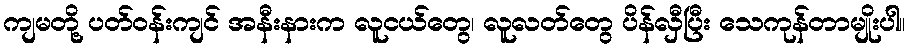
ကျမတို့ ပတ်ဝန်းကျင် အနီးနားက လူငယ်တွေ၊ လူလတ်တွေ ပိန်လှီပြီး သေကုန်တာမျိုးပါ။